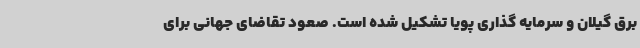
برق گیلان و سرمایه گذاری پویا تشکیل شده است. صعود تقاضای جهانی برای